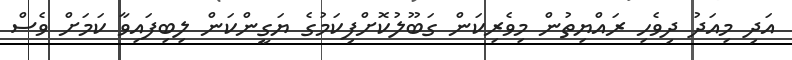
އަދި މިއަދު ދިވެހި ރައްޔިތުން މިވެރިކަން ގަބޫލުކޮށްފިކަމުގެ ޔަގީންކަން ލިބިފައިވާ ކަމަށް ވެސް